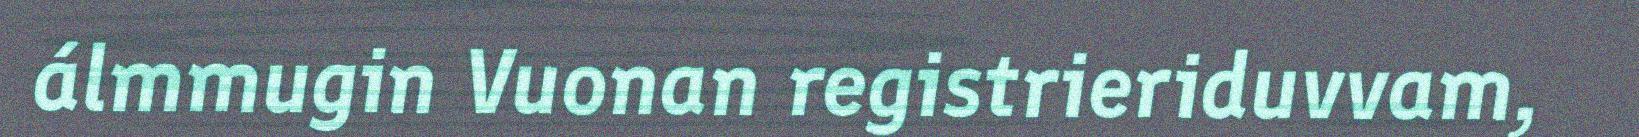
álmmugin Vuonan registrieriduvvam,